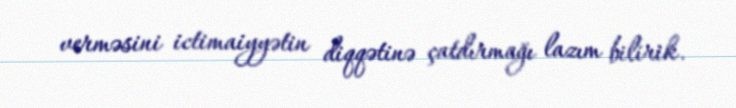
verməsini ictimaiyyətin diqqətinə çatdırmağı lazım bilirik.